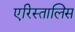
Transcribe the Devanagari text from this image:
एरिस्तालिस